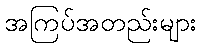
အကြပ်အတည်းများ